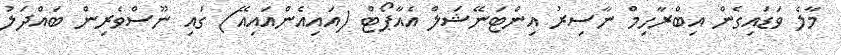
މާލެ ވަޑައިގެން އިބްރާހިމް ނާސިރު އިންޓަނޭޝަލް އެއާޕޯޓް (އައިއެންއައިއޭ) ގައި ނޫސްވެރިން ބައްދަލު